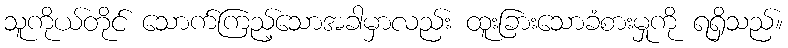
သူကိုယ်တိုင် သောက်ကြည့်သောအခါမှာလည်း ထူးခြားသောခံစားမှုကို ရရှိသည်။